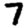
Digit: 7